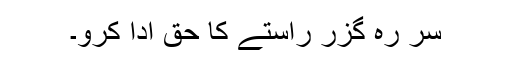
سر رہ گزر راستے کا حق ادا کرو۔